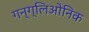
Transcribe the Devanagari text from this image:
गन्ग्लिओनिक